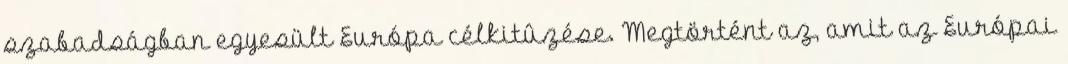
szabadságban egyesült Európa célkitûzése. Megtörtént az, amit az Európai